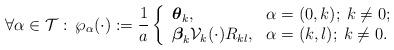
LaTeX: \begin{align*}\forall\alpha\in\mathcal{T}:\:\wp_\alpha(\cdot):=\frac{1}{a}\left\{\begin{array}{ll}\boldsymbol{\theta}_k, & \hbox{$\alpha=(0,k);\: k\neq 0;$} \\\boldsymbol{\beta}_k \mathcal{V}_k(\cdot) R_{kl}, & \hbox{$\alpha=(k,l);\: k\neq 0.$} \end{array}\right.\end{align*}